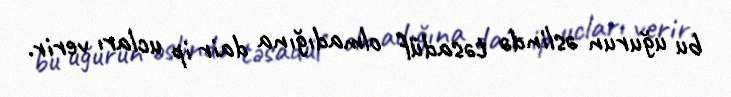
bu uğurun əslində təsadüf olmadığına dair ip ucları verir.